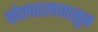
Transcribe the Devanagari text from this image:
कोलाहलापासून